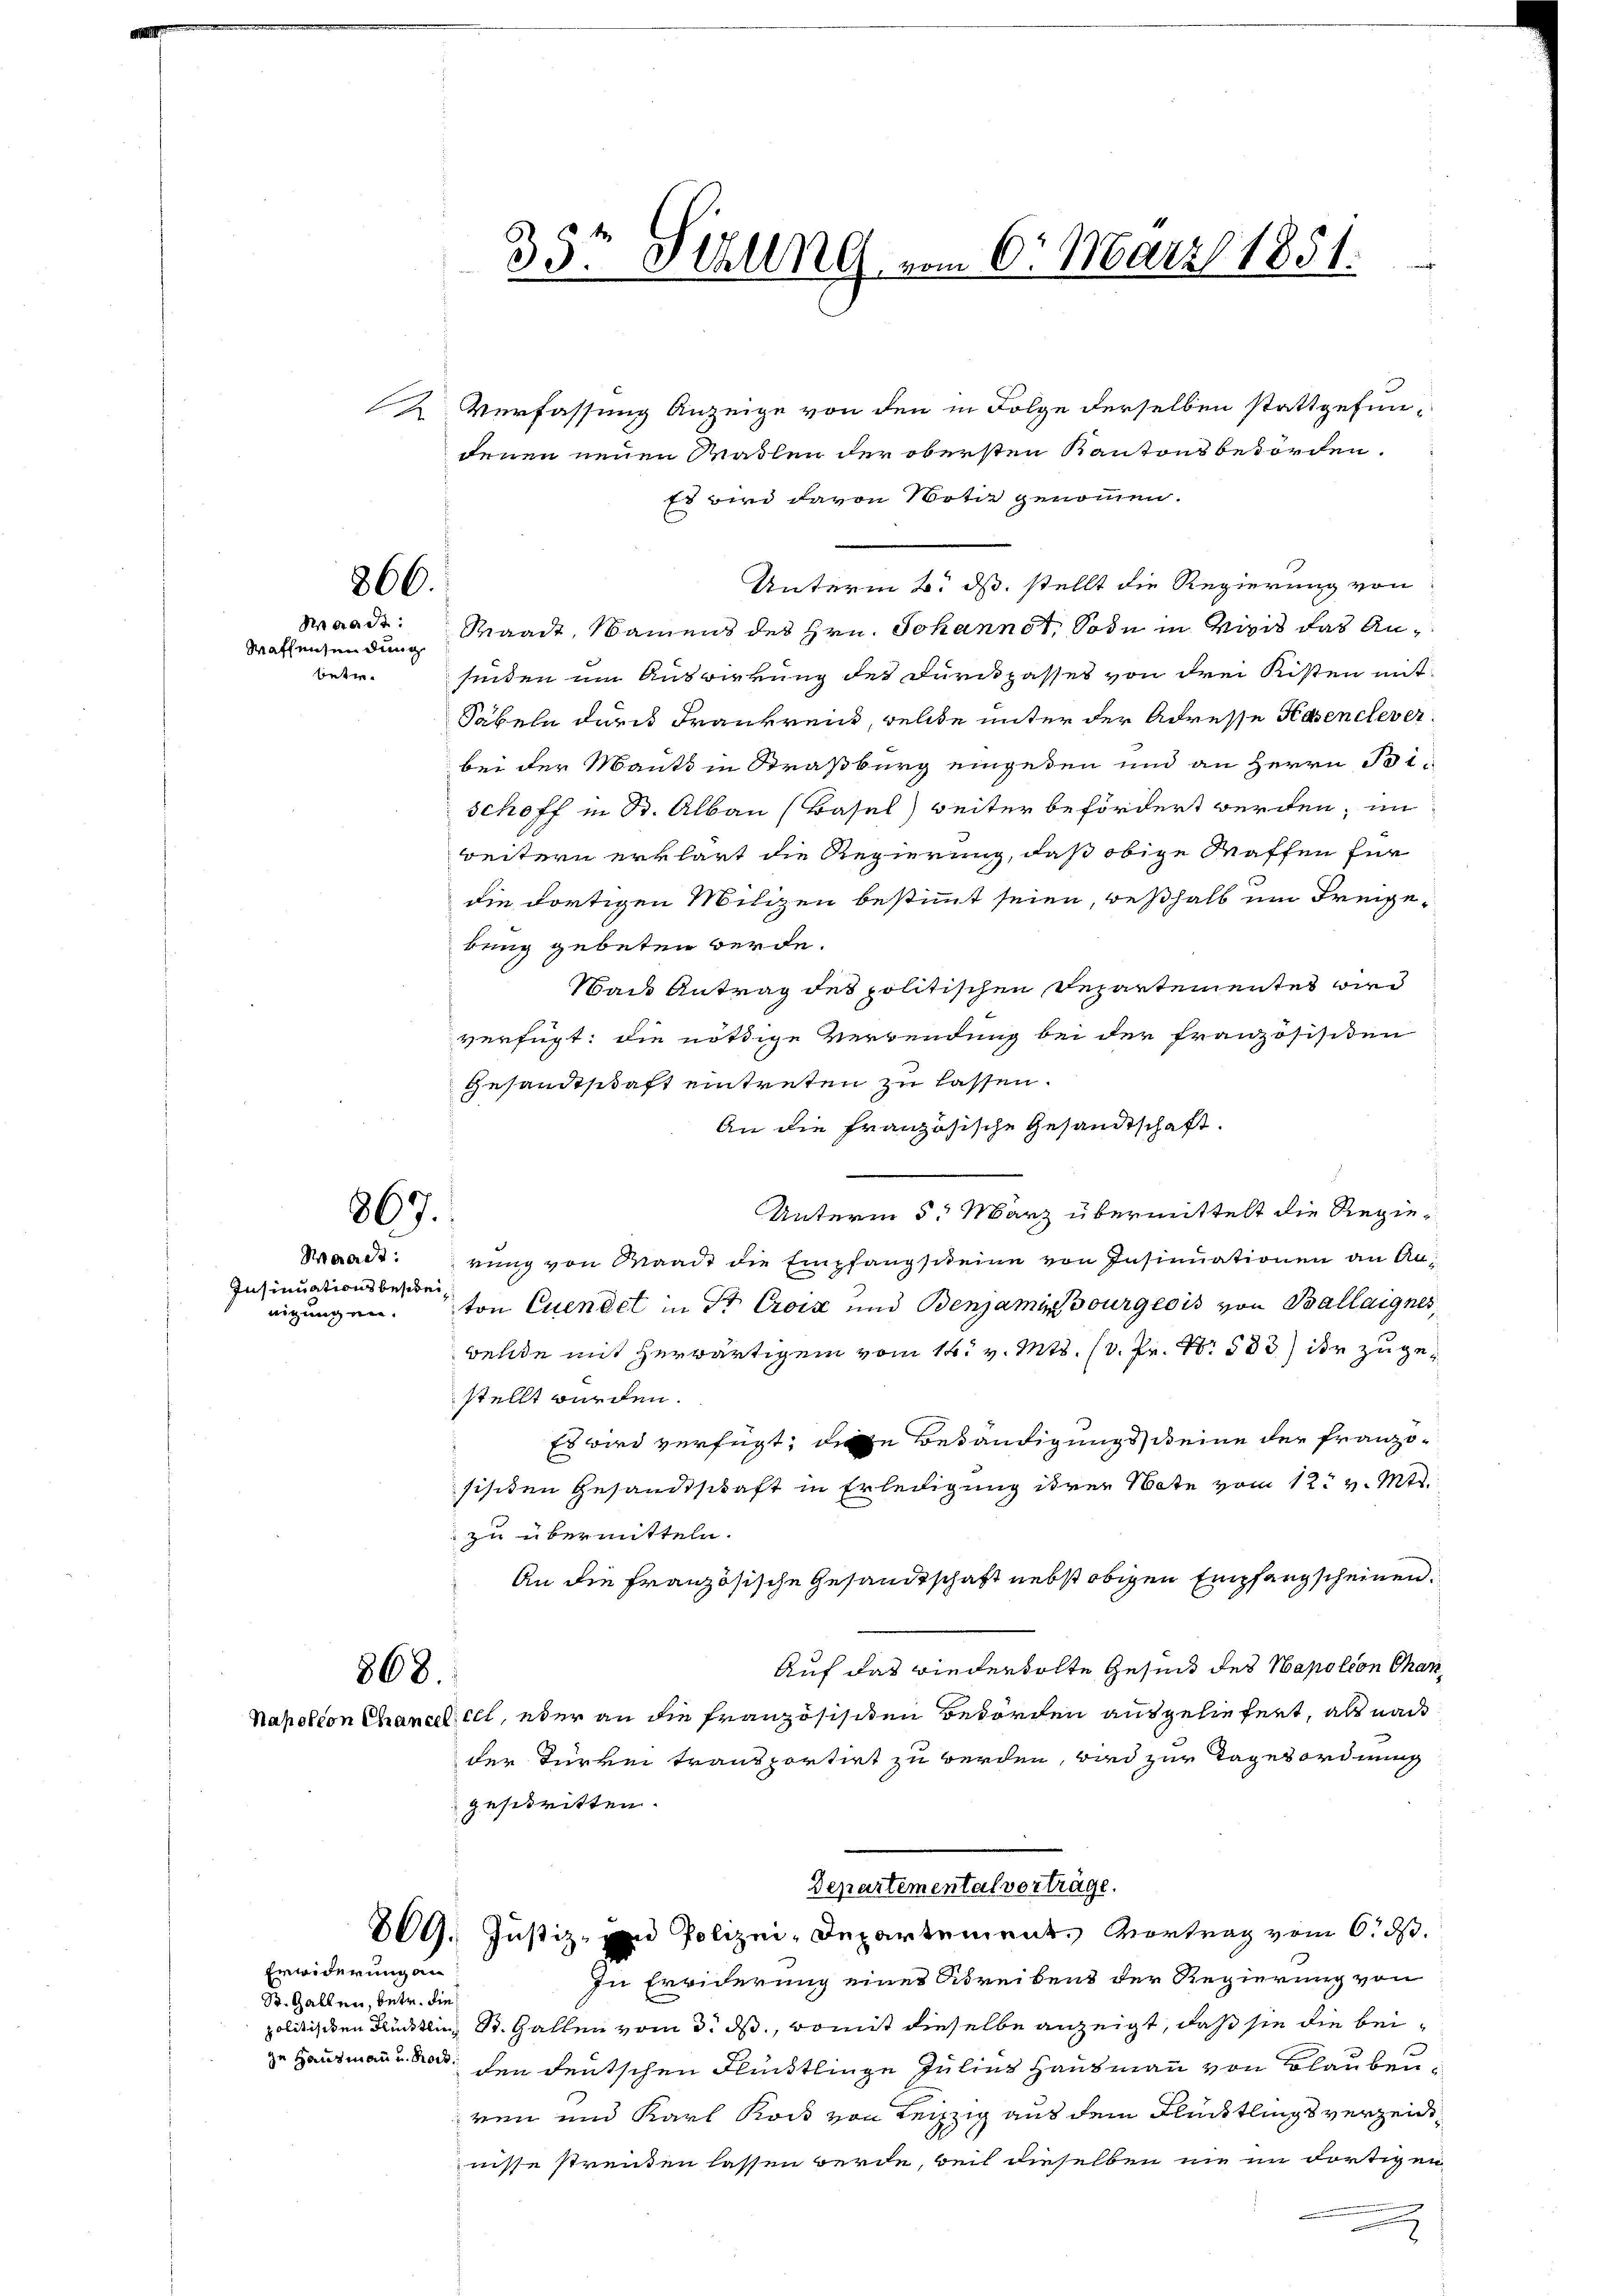
866.
Waadt:
Waffensendung
betre¬

867.

Waadt:
Insinuationsbescheinigungen.

868.

2 Verfassung Anzeige von den in Folge derselben stattgefundenen neuen Malen der obersten Kantonsbesorden.
Es wird davon Notiz genommen.
Unterm 2. ds. stellt die Regierung von
Waadt, Namens des Hrn. Johannot, Sode in vicis das Anfinden um Auswirkung des Durckpasses von drei Kisten mit
Säbeln der Frankreich, welche unter der Adresse Hasencleverbei der Mauts in Straßburg eingeden und an Herrn Beischoff in St. Albau (Basel weiter befördert werden, im
weitern erklärt die Regierung, daß obige Waffen für
die dortigen Milizen bestimmt seien, weßhalb um Freigebung gebeten werde.
Wads Antrag des politischen Departementes wied
verfügt: die nöthige Verwendung bei der Französisiten
Gesandtschaft eintreten zu lassen.
An die französische Gesandtschaft.
Unterm 5. März übermittelt die Regierung von Waadt die Empfangscheine von Insinuationen an Anton Euendet in Sr. Croix und Benjamin Bourgeois von Ballaignes,
welde mit herwärtigem vom 14. v. Mts. (v. Pr. No 583) der zugestellt wurden.
Es wird verfügt, diese Betändigungs keine der Französischen Gesandtschaft in Erledigung ihrer Note vom 12. v. Mts.
zu übermitteln.
An die Französische Gesandtschaft nebst obigen Empfangscheinen.
Auf das wiederholte Gesind des Napolion Chan¬
Napoleon Chancelill, über an die Französisiten Behörden ausgeliefert, als nach
der Türkei transportirt zu werden, wird zur Tagesordnung
gestritten.
Departemental vorträge.
29. Justiz- und Polizei-Departement. Vortrag vom 6. ds.
In Erwiderung einer Schreibens der Regierung von
politischen Flücklin, St. Gallen vom 3. ds., womit dieselbe anzeigt, daß sie die beige Hausmann der den deutschen Flintlinge Julier Hausmann von Blaubenven und Karl Rock von Leipzig aus dem Flüchtlings verzeitnisse streiten lassen werde, weil dieselben nie im dortigen
g

Erwiderung an
S. Gallen, betr. die

35te Ställng, vom 6. März 1851.
wiege